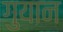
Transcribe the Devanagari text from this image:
गुयान